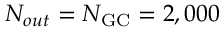
N _ { o u t } = N _ { \mathrm { G C } } = 2 , 0 0 0